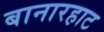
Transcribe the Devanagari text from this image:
बानारहाट